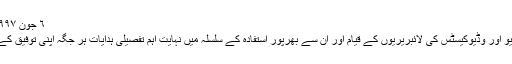
٦ جون ١٩٩٧ء بمقام مسجد فضل لندن
حلقہ جات میں لٹریچر، آڈیو اور وڈیوکیسٹس کی لائبریریوں کے قیام اور ان سے بھرپور استفادہ کے سلسلہ میں نہایت اہم تفصیلی ہدایات ہر جگہ اپنی توفیق کے مطابق کام شروع کریں۔